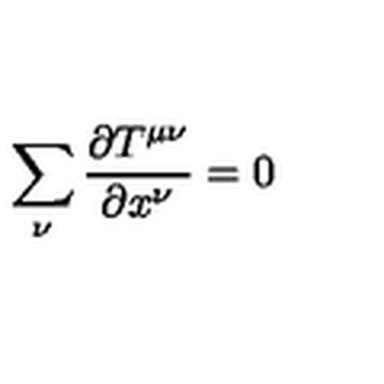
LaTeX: \sum _ { \nu } \frac { \partial T ^ { \mu \nu } } { \partial x ^ { \nu } } = 0